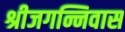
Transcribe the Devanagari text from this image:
श्रीजगन्निवास